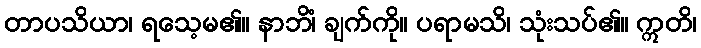
တာပသိယာ၊ ရသေ့မ၏။ နာဘိံ၊ ချက်ကို။ ပရာမသိ၊ သုံးသပ်၏။ ဣတိ၊